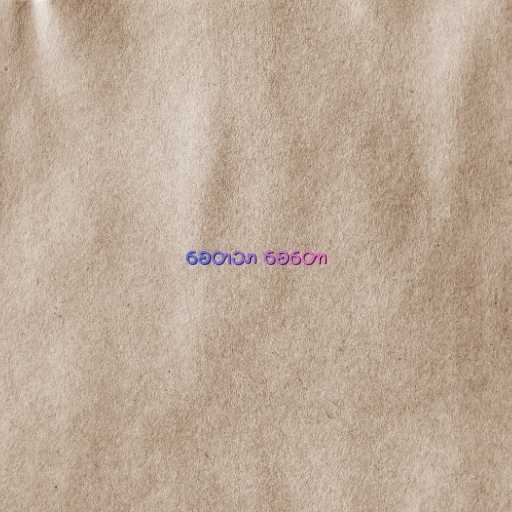
စေတသာ စေတော